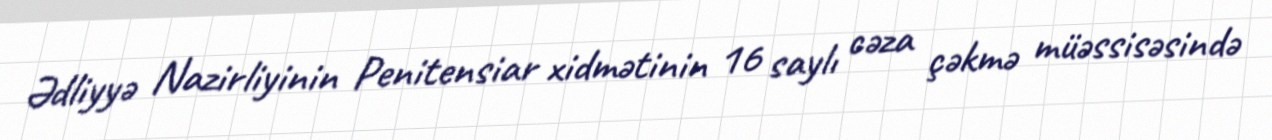
Ədliyyə Nazirliyinin Penitensiar xidmətinin 16 saylı cəza çəkmə müəssisəsində